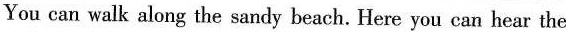
You can walk along the sandy beach. Here you can hear the